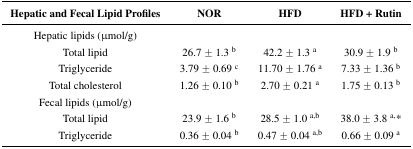
<table><thead><tr><td><b>Hepatic and Fecal Lipid Profiles</b></td><td><b>NOR</b></td><td><b>HFD</b></td><td><b>HFD + Rutin</b></td></tr></thead><tbody><tr><td>Hepatic lipids (μmol/g)</td><td></td><td></td><td></td></tr><tr><td>Total lipid</td><td>26.7 ± 1.3 <sup>b</sup></td><td>42.2 ± 1.3 <sup>a</sup></td><td>30.9 ± 1.9 <sup>b</sup></td></tr><tr><td>Triglyceride</td><td>3.79 ± 0.69 <sup>c</sup></td><td>11.70 ± 1.76 <sup>a</sup></td><td>7.33 ± 1.36 <sup>b</sup></td></tr><tr><td>Total cholesterol</td><td>1.26 ± 0.10 <sup>b</sup></td><td>2.70 ± 0.21 <sup>a</sup></td><td>1.75 ± 0.13 <sup>b</sup></td></tr><tr><td>Fecal lipids (μmol/g)</td><td></td><td></td><td></td></tr><tr><td>Total lipid</td><td>23.9 ± 1.6 <sup>b</sup></td><td>28.5 ± 1.0 <sup>a,b</sup></td><td>38.0 ± 3.8 <sup>a,</sup>*</td></tr><tr><td>Triglyceride</td><td>0.36 ± 0.04 <sup>b</sup></td><td>0.47 ± 0.04 <sup>a,b</sup></td><td>0.66 ± 0.09 <sup>a</sup></td></tr></tbody></table>